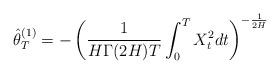
LaTeX: \begin{align*}\hat\theta_T^{(1)}=-\left(\frac{1}{H\Gamma(2H)T}\int_0^TX_t^2dt\right)^{-\frac{1}{2H}}\end{align*}